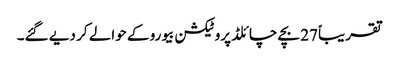
تقریباً 27 بچے چائلڈ پروٹیکشن بیورو کے حوالے کر دیے گئے۔